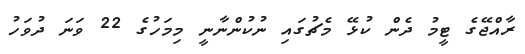
ރާއްޖޭގެ ޓީމު ދެން ކުޅޭ މެޗުގައި ނުކުންނާނީ މިމަހުގެ 22 ވަނަ ދުވަހު